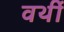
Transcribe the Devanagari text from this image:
वर्थी